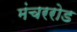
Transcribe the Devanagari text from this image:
मंचररोड